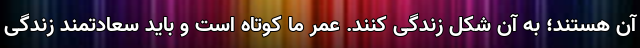
آن هستند؛ به آن شکل زندگی کنند. عمر ما کوتاه است و باید سعادتمند زندگی